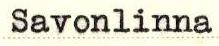
Savonlinna